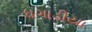
ધગાડીયા